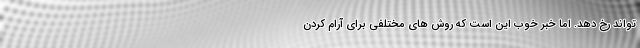
تواند رخ دهد. اما خبر خوب این است که روش های مختلفی برای آرام کردن